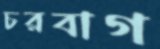
চরবাগ